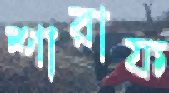
শারাফ